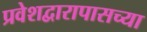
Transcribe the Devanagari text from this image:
प्रवेशद्वारापासच्या